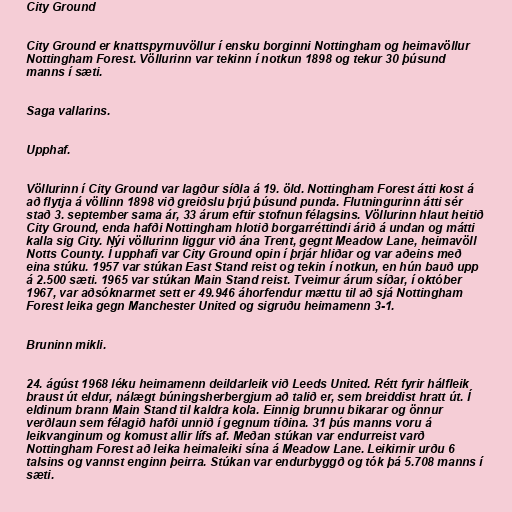
City Ground

City Ground er knattspyrnuvöllur í ensku borginni Nottingham og heimavöllur
Nottingham Forest. Völlurinn var tekinn í notkun 1898 og tekur 30 þúsund
manns í sæti.

Saga vallarins.

Upphaf.

Völlurinn í City Ground var lagður síðla á 19. öld. Nottingham Forest átti kost á
að flytja á völlinn 1898 við greiðslu þrjú þúsund punda. Flutningurinn átti sér
stað 3. september sama ár, 33 árum eftir stofnun félagsins. Völlurinn hlaut heitið
City Ground, enda hafði Nottingham hlotið borgarréttindi árið á undan og mátti
kalla sig City. Nýi völlurinn liggur við ána Trent, gegnt Meadow Lane, heimavöll
Notts County. Í upphafi var City Ground opin í þrjár hliðar og var aðeins með
eina stúku. 1957 var stúkan East Stand reist og tekin í notkun, en hún bauð upp
á 2.500 sæti. 1965 var stúkan Main Stand reist. Tveimur árum síðar, í október
1967, var aðsóknarmet sett er 49.946 áhorfendur mættu til að sjá Nottingham
Forest leika gegn Manchester United og sigruðu heimamenn 3-1.

Bruninn mikli.

24. ágúst 1968 léku heimamenn deildarleik við Leeds United. Rétt fyrir hálfleik
braust út eldur, nálægt búningsherbergjum að talið er, sem breiddist hratt út. Í
eldinum brann Main Stand til kaldra kola. Einnig brunnu bikarar og önnur
verðlaun sem félagið hafði unnið í gegnum tíðina. 31 þús manns voru á
leikvanginum og komust allir lífs af. Meðan stúkan var endurreist varð
Nottingham Forest að leika heimaleiki sína á Meadow Lane. Leikirnir urðu 6
talsins og vannst enginn þeirra. Stúkan var endurbyggð og tók þá 5.708 manns í
sæti.